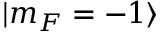
| m _ { F } = - 1 \rangle